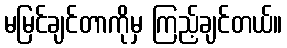
မမြင်ချင်တာကိုမှ ကြည့်ချင်တယ်။